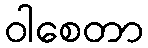
ဝါစေတာ